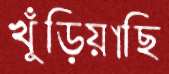
খুঁড়িয়াছি